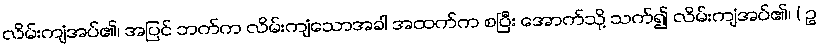
လိမ်းကျံအပ်၏၊ အပြင် ဘက်က လိမ်းကျံသောအခါ အထက်က စပြီး အောက်သို့ သက်၍ လိမ်းကျံအပ်၏၊ ( ဥ